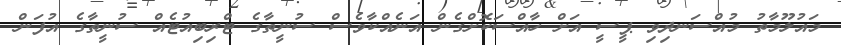
މައުލޫމާތު މުއްސަނދިވި ޕީސީ އަށް ހާއްސަކޮށްގެން އަނެއްކާވެސް ސުނީތާގެ ޓްރިބިއުޓެއް ސުނީތާގެ އުފަން